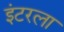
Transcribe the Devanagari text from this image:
इंटरला